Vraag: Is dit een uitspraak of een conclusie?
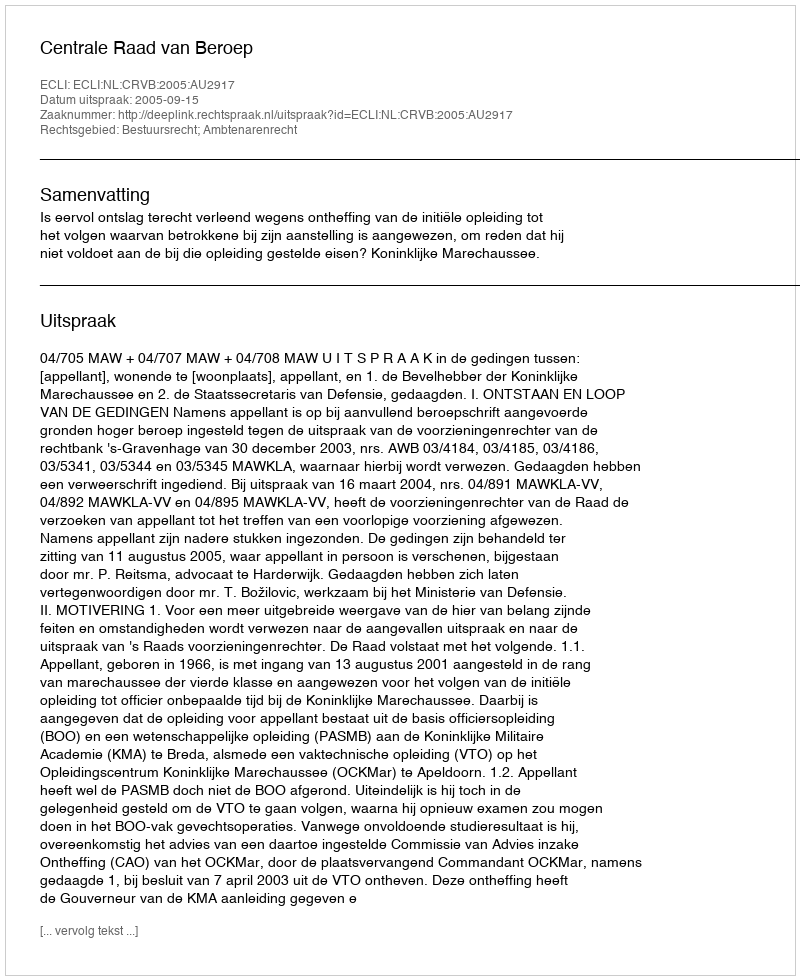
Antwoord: Uitspraak